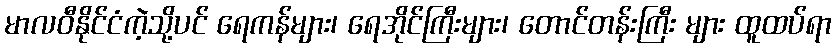
မာလဝီနိုင်ငံကဲ့သို့ပင် ရေကန်များ၊ ရေအိုင်ကြီးများ၊ တောင်တန်းကြီး များ ထူထပ်ရာ